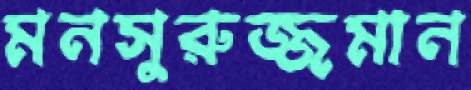
মনসুরুজ্জমান